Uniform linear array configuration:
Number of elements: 64
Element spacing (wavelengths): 1
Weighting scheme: hamming
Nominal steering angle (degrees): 0
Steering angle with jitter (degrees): -1.813
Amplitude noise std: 0.05
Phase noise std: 0.05

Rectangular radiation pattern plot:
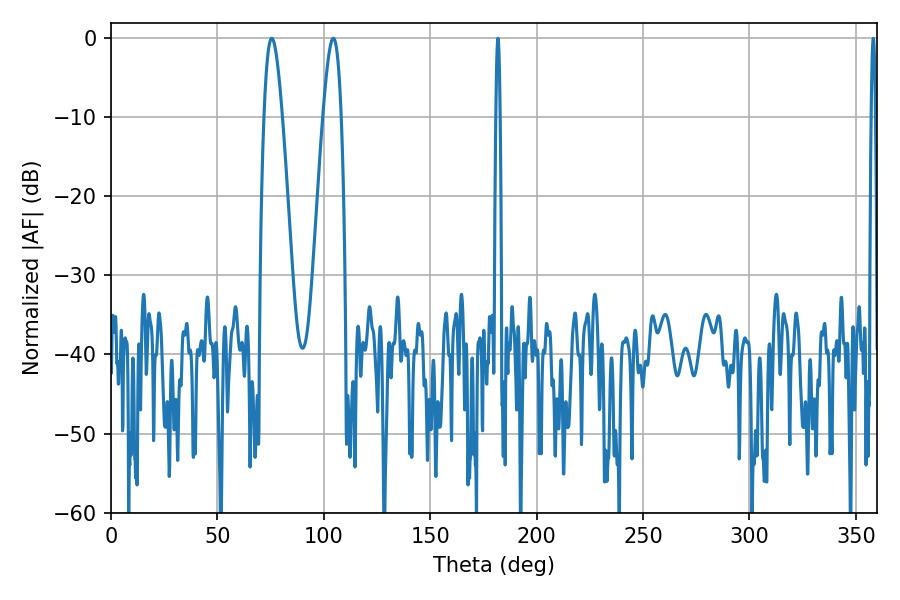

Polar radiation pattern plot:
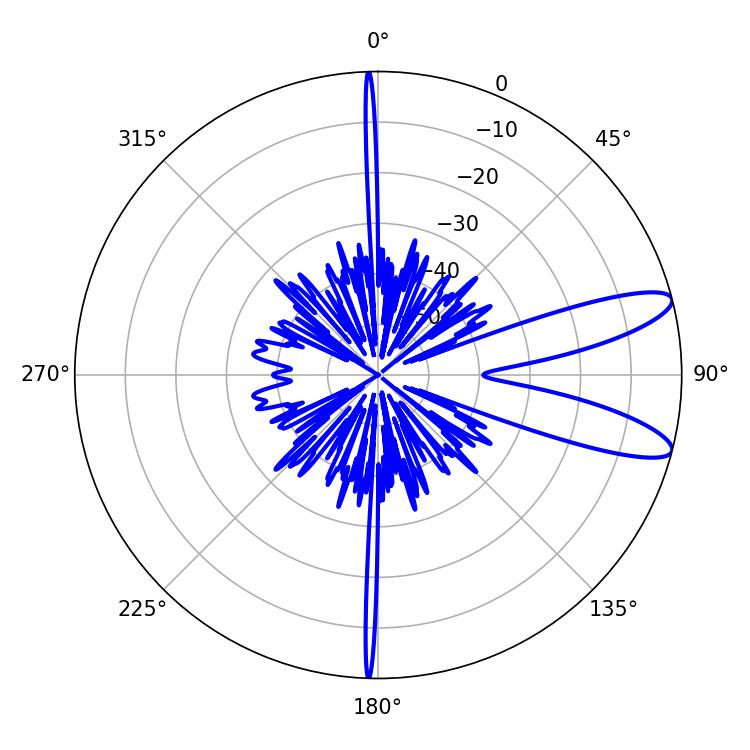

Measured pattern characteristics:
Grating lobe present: TRUE
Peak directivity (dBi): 10.676
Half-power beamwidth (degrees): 4.68
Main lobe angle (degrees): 75.6